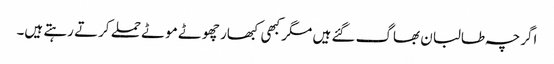
اگرچہ طالبان بھاگ گئے ہیں مگر کبھی کبھار چھوٹے موٹے حملے کرتے رہتے ہیں۔